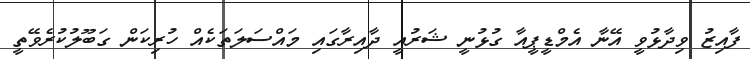
ފާއިޒު ވިދާޅުވީ އޭނާ އެމްޑީޕީއާ ގުޅުނީ ޝަރުއީ ދާއިރާގައި މައްސަލަތަކެއް ހުރިކަން ގަބޫލުކުރެވޭތީ